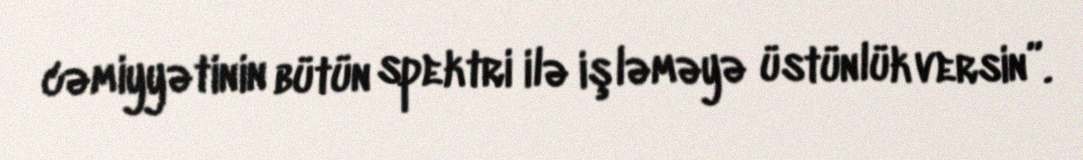
cəmiyyətinin bütün spektri ilə işləməyə üstünlük versin”.